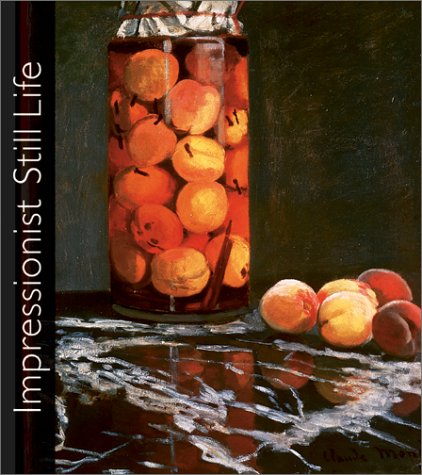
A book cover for Impressionist Still Life; Eliza E. Rathbone; Arts & Photography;